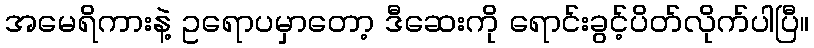
အမေရိကားနဲ့ ဥရောပမှာတော့ ဒီဆေးကို ရောင်းခွင့်ပိတ်လိုက်ပါပြီ။